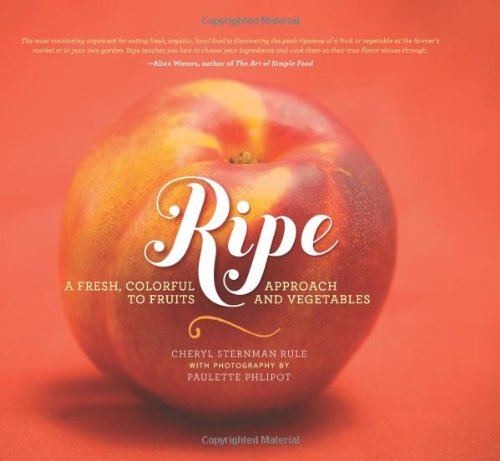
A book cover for Ripe: A Fresh, Colorful Approach to Fruits and Vegetables; Cheryl Sternman Rule; Cookbooks, Food & Wine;